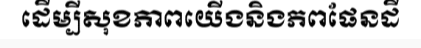
ដើម្បីសុខភាពយើងនិងភពផែនដី